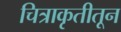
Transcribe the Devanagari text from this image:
चित्राकृतीतून